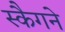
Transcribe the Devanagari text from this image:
स्कैगने